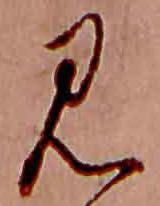
見